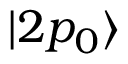
| 2 p _ { 0 } \rangle